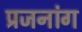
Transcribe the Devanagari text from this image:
प्रजनांग